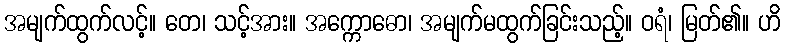
အမျက်ထွက်လင့်။ တေ၊ သင့်အား။ အက္ကောဓော၊ အမျက်မထွက်ခြင်းသည့်။ ဝရံ၊ မြတ်၏။ ဟိ